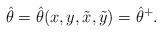
LaTeX: \begin{align*}\hat \theta = \hat \theta (x, y, \tilde x, \tilde y) = \hat \theta^+.\end{align*}